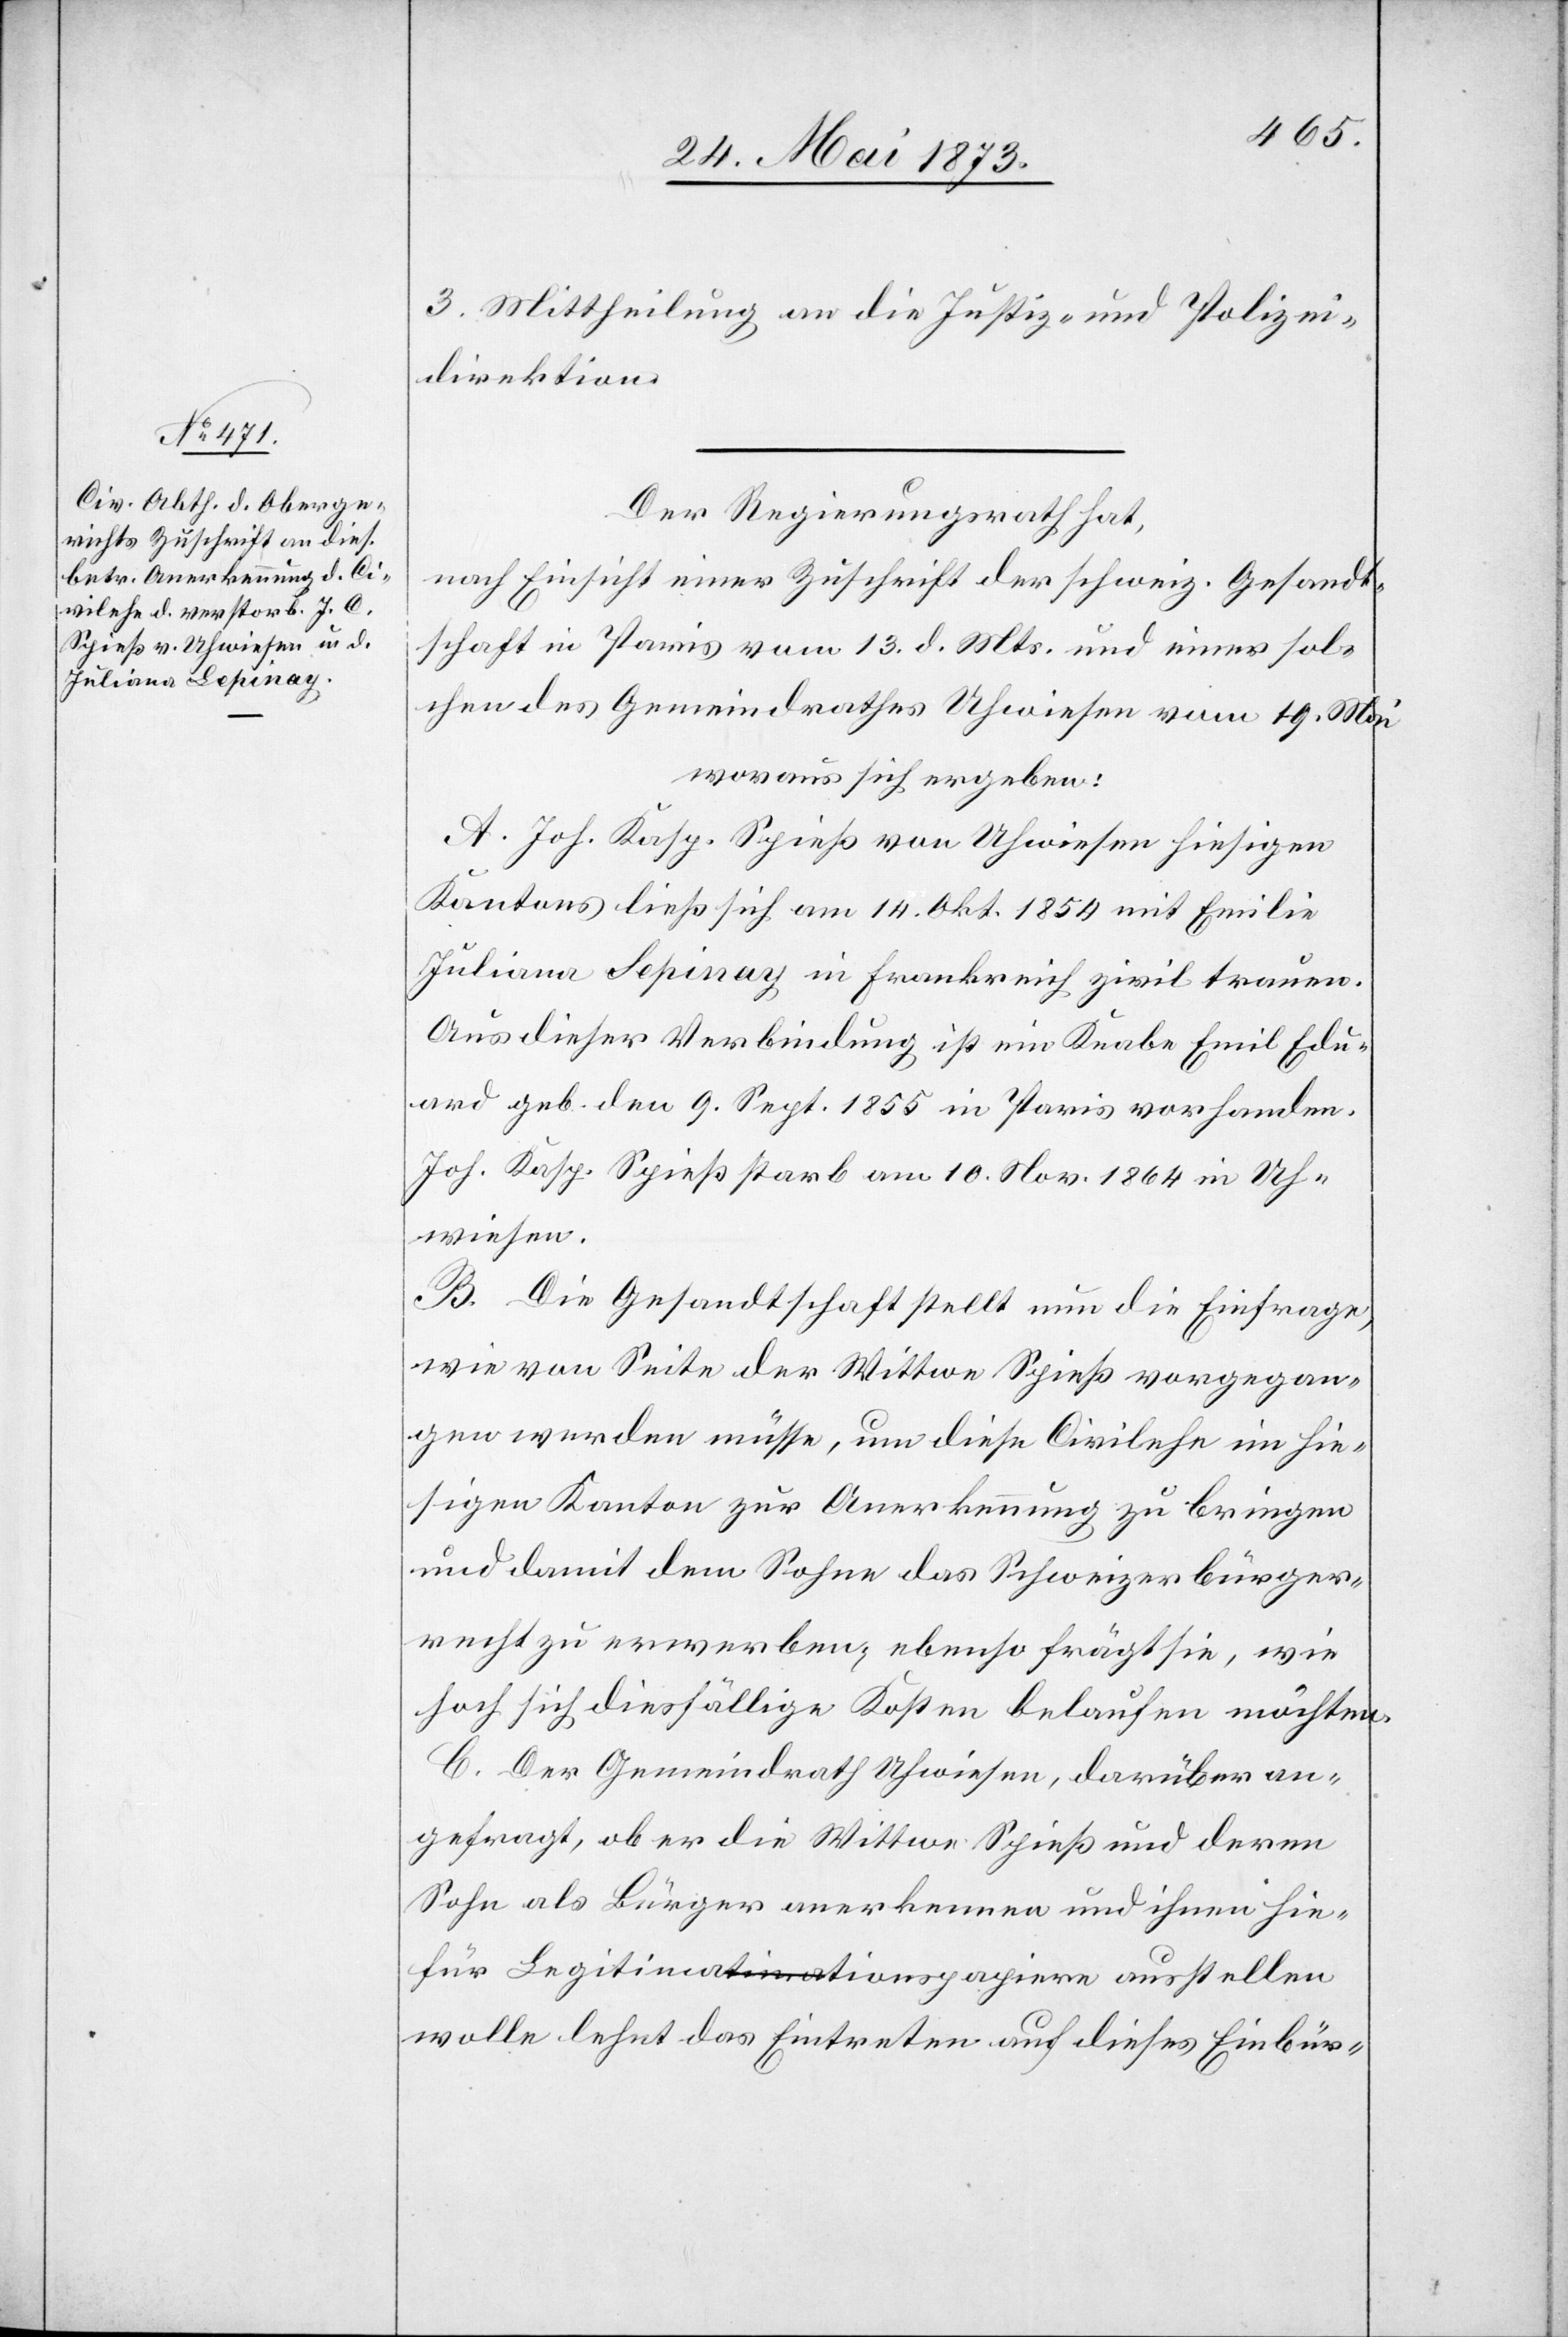
3. Mittheilung an die Justiz- & Polizei¬
direktion.
Der Regierungsrath hat,
nach Einsicht einer Zuschrift der schweiz. Gesandt¬
schaft in Paris vom 13. d. Mts. und einer sol¬
chen des Gemeindrathes Uhwiesen vom 19. Mai
woraus sich ergeben:
A. Joh. Kasp. Spieß von Uhwiesen hiesigen
Kantons ließ sich am 14. Okt. 1854 mit Emilie
Juliana Lepinay in Frankreich zivil trauen.
Aus dieser Verbindung ist ein Knabe Emil Edu¬
ard geb. den 9. Sept. 1855 in Paris vorhanden.
Joh. Kasp. Spieß starb am 10. Nov. 1864 in Uh¬
wiesen.
B. Die Gesandtschaft stellt nun die Einfrage,
wie von Seite der Wittwe Spieß vorgegan¬
gen werden müsse, um diese Civilehe im hie¬
sigen Kanton zur Anerkennung zu bringen
und damit dem Sohne das Schweizerbürger¬
recht zu erwerben; ebenso frägt sie, wie
hoch sich diesfällige Kosten belaufen möchten.
C. Der Gemeindrath Uhwiesen, darüber an¬
gefragt, ob er die Wittwe Spieß und deren
Sohn als Bürger anerkennen und ihnen hie¬
für Legitimationspapiere ausstellen
wolle lehnt das Eintreten auf dieses Einbür-